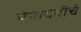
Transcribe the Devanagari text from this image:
पेमादेवीचे